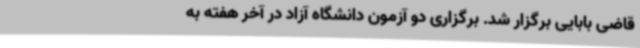
قاضی بابایی برگزار شد. برگزاری دو آزمون دانشگاه آزاد در آخر هفته به